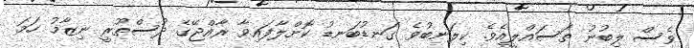
ވެސް ލިބުނު ތަސައްލީއެވެ. ކިލަނބުވެ ގަނޑުބަނޑު ކޮށްލާފައިވާ ރާއްޖޭގެ ދުސްތޫރީ ނިޒާމު ހަމަ